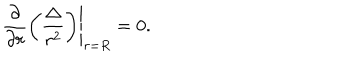
LaTeX: \left. \frac { \partial } { \partial r } \left( \frac { \Delta } { r ^ { 2 } } \right) \right| _ { r = R } = 0 .